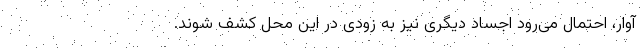
آوار، احتمال می‌رود اجساد دیگری نیز به زودی در این محل کشف شوند.